Madras plague regulations and rules - Volume 2
Disease focus: Plague
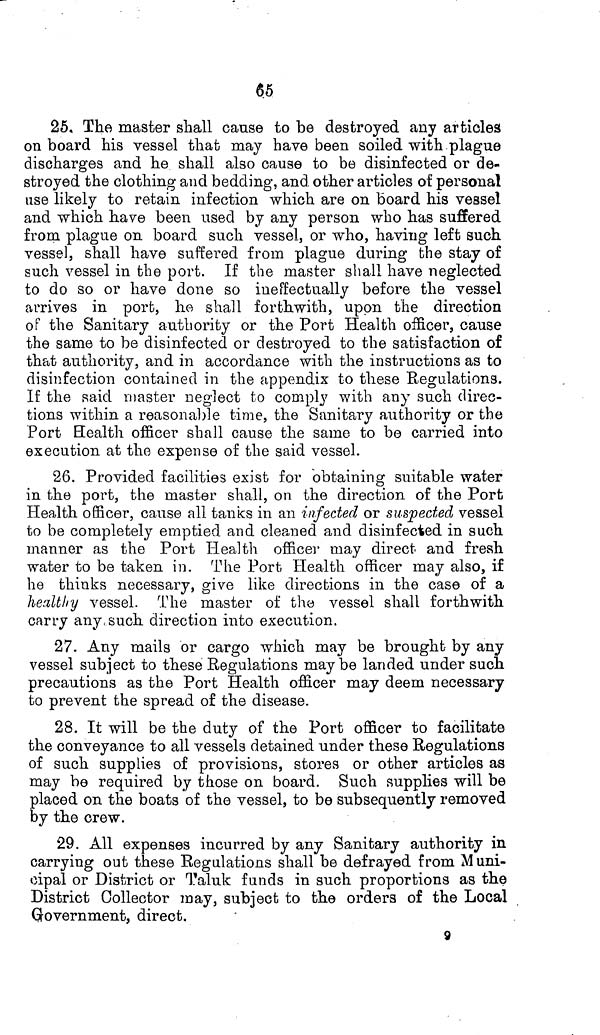
65
25. The master shall cause to be destroyed any articles
on board his vessel that may have been soiled with plague
discharges and he shall also cause to be disinfected or de-
stroyed the clothing and bedding, and other articles of personal
use likely to retain infection which are on board his vessel
and which have been used by any person who has suffered
from plague on board such vessel, or who, having left such
vessel, shall have suffered from plague during the stay of
such vessel in the port. If the master shall have neglected
to do so or have done so ineffectually before the vessel
arrives in port, he shall forthwith, upon the direction
of the Sanitary authority or the Port Health officer, cause
the same to be disinfected or destroyed to the satisfaction of
that authority, and in accordance with the instructions as to
disinfection contained in the appendix to these Regulations.
If the said master neglect to comply with any such direc-
tions within a reasonable time, the Sanitary authority or the
Port Health officer shall cause the same to be carried into
execution at the expense of the said vessel.
26. Provided facilities exist for obtaining suitable water
in the port, the master shall, on the direction of the Port
Health officer, cause all tanks in an infected or suspected vessel
to be completely emptied and cleaned and disinfected in such
manner as the Port Health officer may direct and fresh
water to be taken in. The Port Health officer may also, if
he thinks necessary, give like directions in the case of a
healthy vessel. The master of the vessel shall forthwith
carry any such direction into execution.
27. Any mails or cargo which may be brought by any
vessel subject to these Regulations may be landed under such
precautions as the Port Health officer may deem necessary
to prevent the spread of the disease.
28. It will be the duty of the Port officer to facilitate
the conveyance to all vessels detained under these Regulations
of such supplies of provisions, stores or other articles as
may be required by those on board. Such supplies will be
placed on the boats of the vessel, to be subsequently removed
by the crew.
29. All expenses incurred by any Sanitary authority in
carrying out these Regulations shall be defrayed from Muni-
cipal or District or Taluk funds in such proportions as the
District Collector may, subject to the orders of the Local
Government, direct.
9